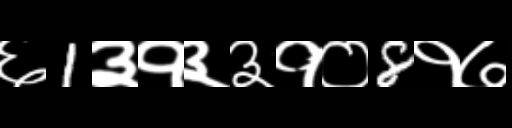
Text: ६1३१३३१०8१७